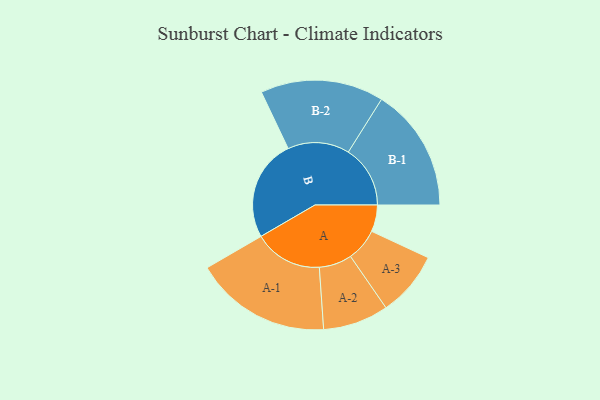
{"axis": {"x": "Segment", "y": "Value"}, "legend": ["", "A", "B"], "data": [{"x": "A", "y": 100, "type": ""}, {"x": "B", "y": 380, "type": ""}, {"x": "A-1", "y": 256, "type": "A"}, {"x": "A-2", "y": 123, "type": "A"}, {"x": "A-3", "y": 122, "type": "A"}, {"x": "B-1", "y": 232, "type": "B"}, {"x": "B-2", "y": 231, "type": "B"}]}